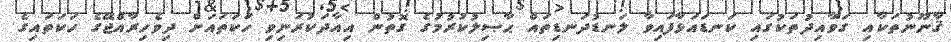
ޤާނޫނުތަކާއި ގަވާއިދުތަކުގައި ކަނޑައަޅާފައިވާ ލަނޑުދަނޑިތައް ޙާޞިލުކުރުމުގެ ގޮތުން އިއާދަކުރަނިވި ހަކަތައަށް ދިވެހިރާއްޖޭގެ ހަކަތައިގެ